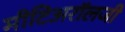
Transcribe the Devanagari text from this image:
मीटिअरॉलजी